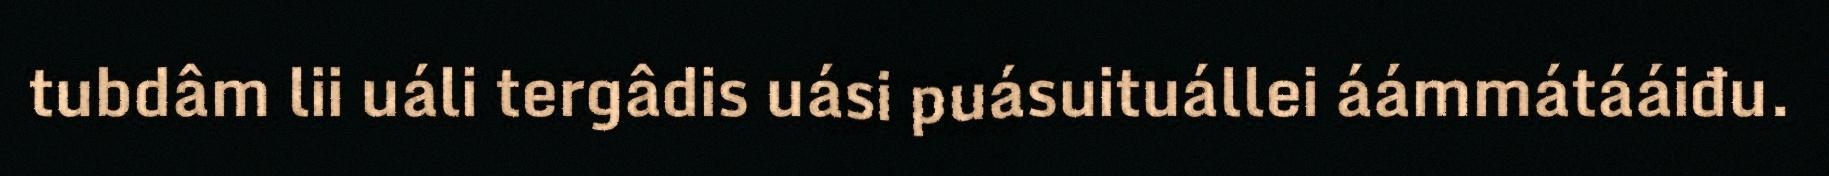
tubdâm lii uáli tergâdis uási puásuituállei áámmátááiđu.